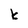
Character: k